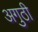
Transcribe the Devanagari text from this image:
अगुठी